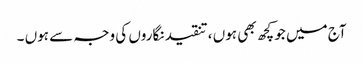
آج میں جو کچھ بھی ہوں ، تنقید نگاروں کی وجہ سے ہوں ۔